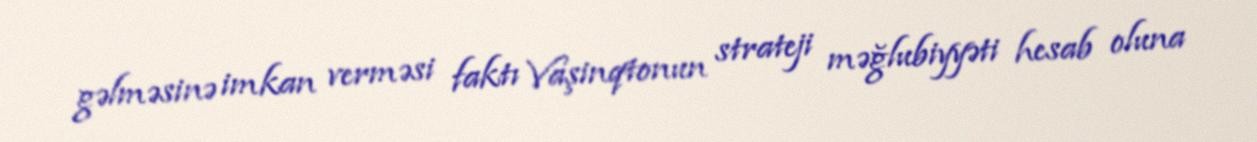
gəlməsinə imkan verməsi faktı Vaşinqtonun strateji məğlubiyyəti hesab oluna